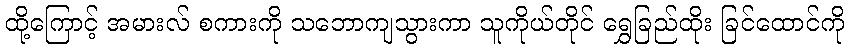
ထို့ကြောင့် အမားလ် စကားကို သဘောကျသွားကာ သူကိုယ်တိုင် ရွှေခြည်ထိုး ခြင်ထောင်ကို